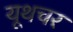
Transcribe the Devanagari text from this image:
यूथचर